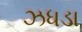
ઝધડા